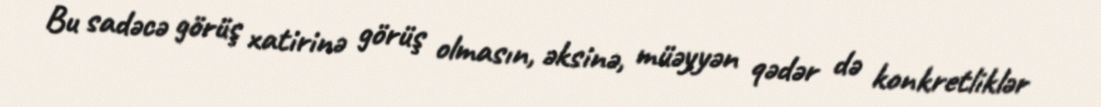
Bu sadəcə görüş xatirinə görüş olmasın, əksinə, müəyyən qədər də konkretliklər